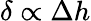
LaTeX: \delta\propto\Delta h